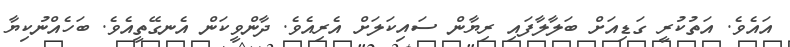
އައެވެ. އަތުކުރީ ގަޑިއަށް ބަލާލާފައި ރިޔާން ސައިކަލަށް އެރިއެވެ. ދާންވީކަން އެނގޭތީއެވެ. ބަހެއްނުކިޔާ